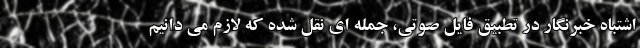
اشتباه خبرنگار در تطبیق فایل صوتی، جمله ای نقل شده که لازم می دانیم